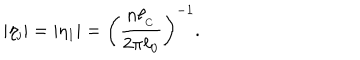
\vert \eta _ { \mathrm { j } } \vert = \vert \eta _ { 1 } \vert = \biggl ( \frac { n \ell _ { _ \mathrm { C } } } { 2 \pi \ell _ { 0 } } \biggl ) ^ { - 1 } .